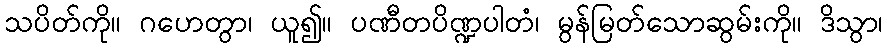
သပိတ်ကို။ ဂဟေတွာ၊ ယူ၍။ ပဏီတပိဏ္ဍပါတံ၊ မွန်မြတ်သောဆွမ်းကို။ ဒိသွာ၊